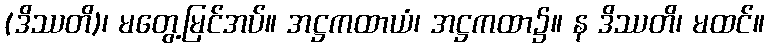
(ဒိဿတိ)၊ မတွေ့မြင်အပ်။ အဋ္ဌကထာယံ၊ အဋ္ဌကထာ၌။ န ဒိဿတိ၊ မထင်။